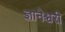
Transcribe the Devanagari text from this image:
ज्ञानेश्चरी